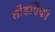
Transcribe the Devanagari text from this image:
तोंडांपैकी